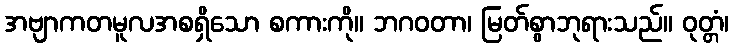
အဗျာကတမူလအစရှိသော စကားကို။ ဘဂဝတာ၊ မြတ်စွာဘုရားသည်။ ဝုတ္တံ၊